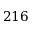
2 1 6